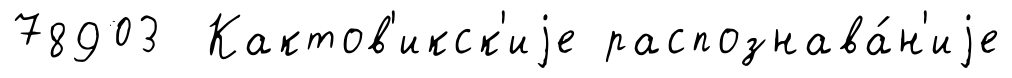
78903 Кактов'икск'иjе распознава́н'иjе